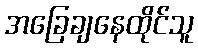
အခြေချနေထိုင်သူ